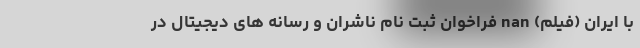
با ایران (فیلم) nan فراخوان ثبت نام ناشران و رسانه های دیجیتال در